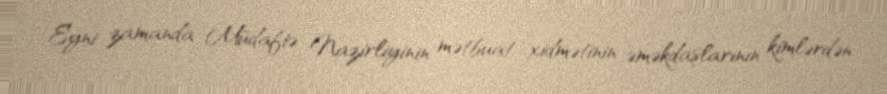
Eyni zamanda Müdafiə Nazirliyinin mətbuat xidmətinin əməkdaşlarının kimlərdən